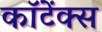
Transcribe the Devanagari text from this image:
कॉटेंक्स